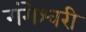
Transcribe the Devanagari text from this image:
गंगेश्वरी